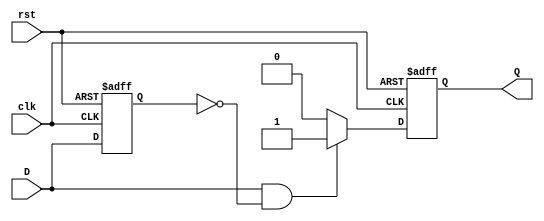
module edge_detector (
    input wire clk,   // Clock signal
    input wire rst,   // Reset signal
    input wire D,     // Input signal to detect rising edge
    output reg Q      // Output pulse signal
);

    reg D_prev; // Memory block to store the previous state of D

    // Sequential logic to detect rising edge
    always @(posedge clk or posedge rst) begin
        if (rst) begin
            D_prev <= 0; // Reset previous state
            Q <= 0;      // Reset output pulse
        end else begin
            // Rising edge detection
            if (D && !D_prev) begin
                Q <= 1;  // Generate pulse on rising edge
            end else begin
                Q <= 0;  // Reset pulse if no rising edge
            end
            // Update previous state
            D_prev <= D;
        end
    end

endmodule